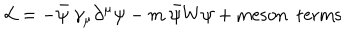
{ \cal { L } } = - \bar { \psi } ~ \gamma _ { \mu } \partial ^ { \mu } \psi - m ~ \bar { \psi } W \psi + \mathrm { m e s o n ~ ~ t e r m s }